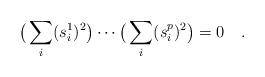
LaTeX: \begin{align*}\big(\sum_i (s_i^1)^2\big)\cdots \big(\sum_i (s_i^p)^2\big)=0\quad.\end{align*}